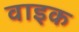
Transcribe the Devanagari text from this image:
वाइक